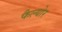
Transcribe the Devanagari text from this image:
फैल्योर